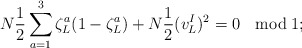
\begin{align*}N \frac{1}{2} \sum_{a=1}^3 \zeta_L^a (1 - \zeta_L^a) + N \frac{1}{2}(v_L^I)^2= 0 \ \ \bmod 1;\end{align*}